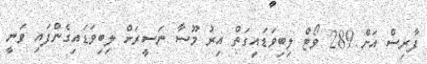
ފާރިސް އަށް 289 ވޯޓް ލިބިވަޑައިގަތް އިރު މޫސާ ނަސީރަށް ލިބިވަޑައިގެންފައި ވަނީ